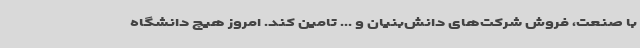
با صنعت، فروش شرکت‌های دانش‌بنیان و ... تامین کند. امروز هیچ دانشگاه